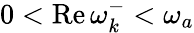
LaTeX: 0<\operatorname{Re}\omega_{k}^{-}<\omega_{a}